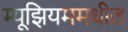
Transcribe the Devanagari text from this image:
म्यूझियममधील